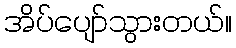
အိပ်ပျော်သွားတယ်။